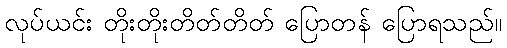
လုပ်ယင်း တိုးတိုးတိတ်တိတ် ပြောတန် ပြောရသည်။